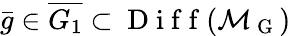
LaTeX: \bar{g}\in\overline{{G_{1}}}\subset\mathrm{~D~i~f~f~}(\mathcal{M}_{\mathrm{~G~}})